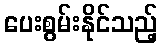
ပေးစွမ်းနိုင်သည့်